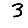
Digit: 3